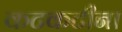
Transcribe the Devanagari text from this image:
कटकटीना